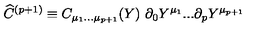
{ \widehat C } ^ { ( p + 1 ) } \equiv C _ { \mu _ { 1 } . . . \mu _ { p + 1 } } ( Y ) \ \partial _ { 0 } Y ^ { \mu _ { 1 } } . . . \partial _ { { p } } Y ^ { \mu _ { p + 1 } }